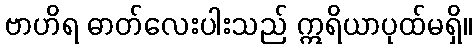
ဗာဟိရ ဓာတ်လေးပါးသည် ဣရိယာပုထ်မရှိ။